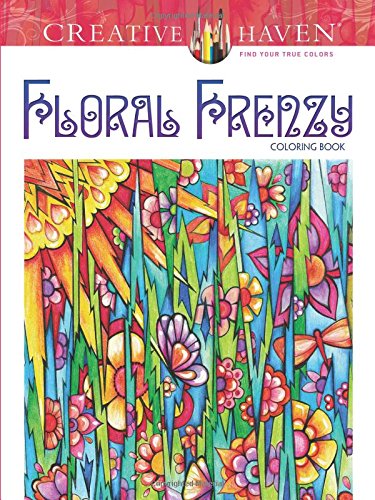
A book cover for Creative Haven Floral Frenzy Coloring Book (Creative Haven Coloring Books); Miryam Adatto; Crafts, Hobbies & Home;